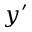
y ^ { \prime }